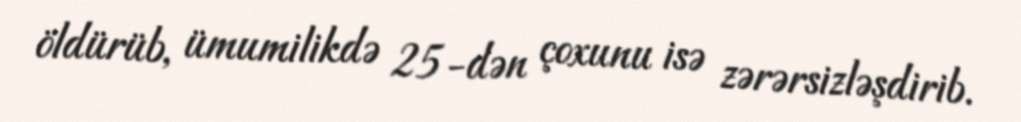
öldürüb, ümumilikdə 25-dən çoxunu isə zərərsizləşdirib.